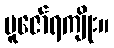
ပူဇော်ရကျိုး။